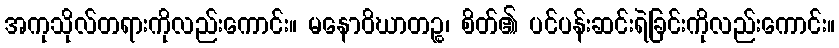
အကုသိုလ်တရားကိုလည်းကောင်း။ မနောဝိဃာတဉ္စ၊ စိတ်၏ ပင်ပန်းဆင်းရဲခြင်းကိုလည်းကောင်း။